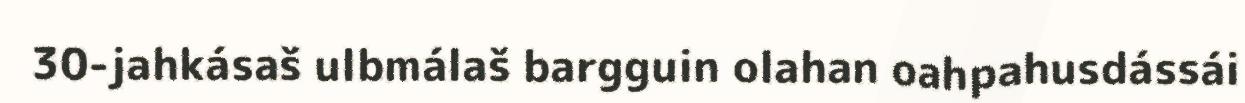
30-jahkásaš ulbmálaš bargguin olahan oahpahusdássái